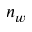
n _ { w }